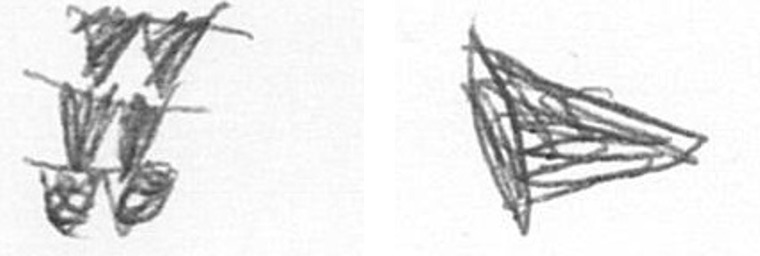
Y T